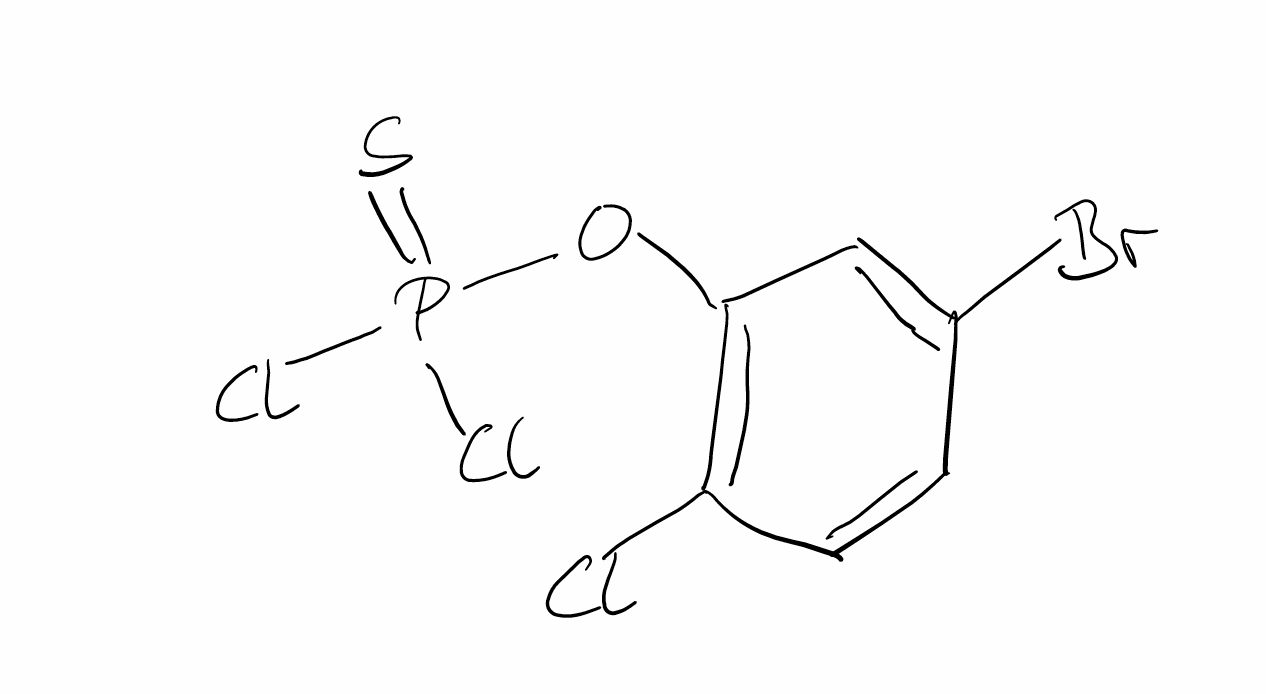
Simplified molecular-input line-entry system (SMILES) notation of the given molecule:
C1=CC(=C(C=C1Br)OP(=S)(Cl)Cl)Cl